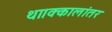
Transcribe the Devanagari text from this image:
था।क्कालांतर